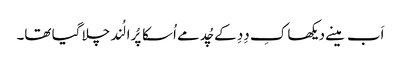
اَب مینے دیکھا کِ دِدِ کے چُد مے اُسکا پُرا لُند چلا گیا تھا۔